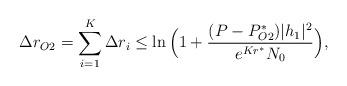
LaTeX: \begin{align*}\Delta r_{O2}=\sum_{i=1}^K\Delta r_i\leq \ln\Big(1+\frac{(P-P_{O2}^*)|h_1|^2}{e^{Kr^*}N_0} \Big),\end{align*}